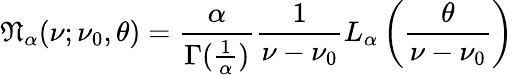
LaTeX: {\mathfrak{N}}_{\alpha}(\nu;\nu_{0},\theta)={\frac{\alpha}{\Gamma({\frac{1}{\alpha}})}}{\frac{1}{\nu-\nu_{0}}}L_{\alpha}\left({\frac{\theta}{\nu-\nu_{0}}}\right)